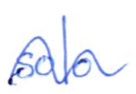
Text: solo
Cross-out: wave
Writing tool: ballpoint